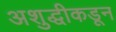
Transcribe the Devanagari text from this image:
अशुद्धीकडून